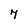
Character: 7